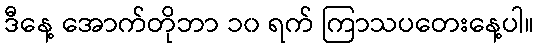
ဒီနေ့ အောက်တိုဘာ ၁၀ ရက် ကြာသပတေးနေ့ပါ။